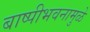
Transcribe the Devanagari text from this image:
बाष्पीभवनामुळे